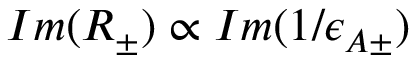
I m ( R _ { \pm } ) \propto I m ( 1 / \epsilon _ { A \pm } )